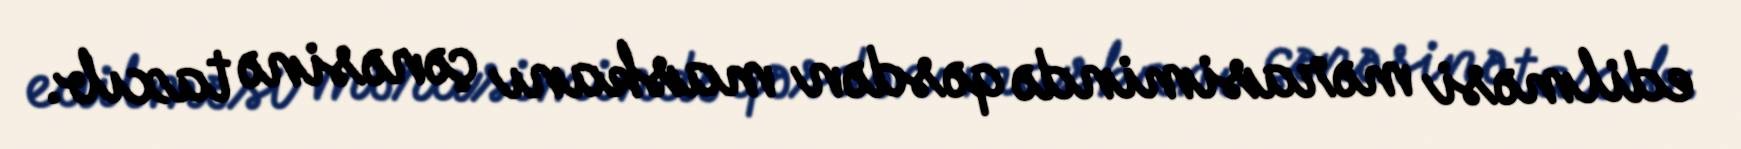
edilməsi mərasimində qəsdən maskanı çənəsinə taxıb.